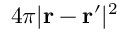
4 \pi | { \bf r - \bf r ^ { \prime } } | ^ { 2 }